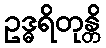
ဥဒ္ဓရိတုန္တိ